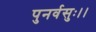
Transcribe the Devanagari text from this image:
पुनर्वसुः।।